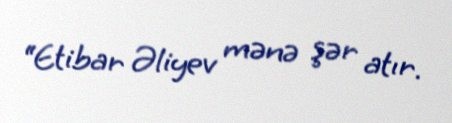
“Etibar Əliyev mənə şər atır.